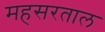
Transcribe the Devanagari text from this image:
महसरताल